Madras marine plague regulations
Disease focus: Plague
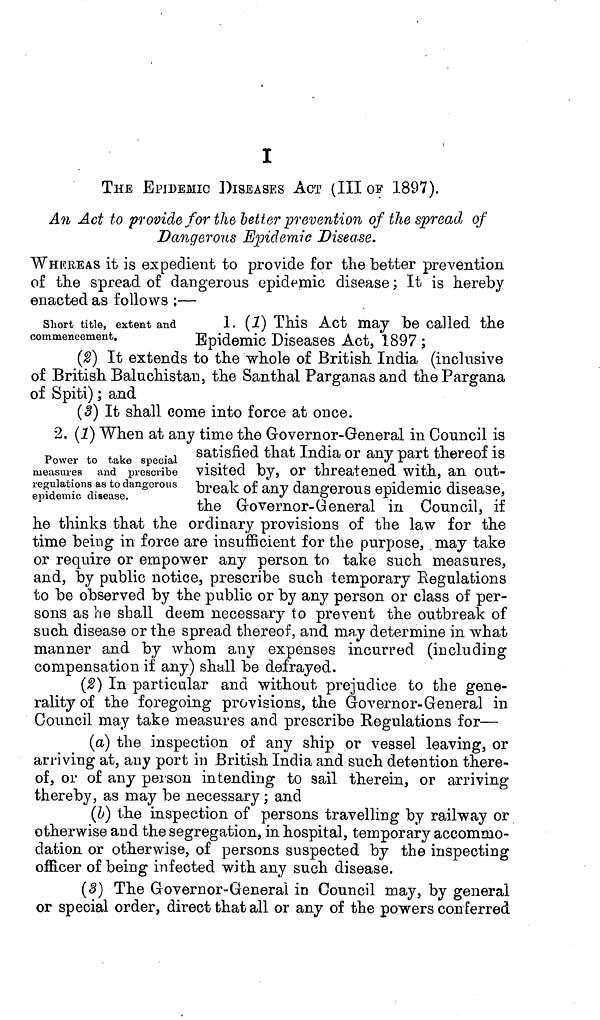
I
THE EPIDEMIC DISEASES ACT (III OF 1897).
An Act to provide for the better prevention of the spread of
Dangerous Epidemic Disease.
WHEREAS it is expedient to provide for the better prevention
of the spread of dangerous epidemic disease; It is hereby
enacted as follows:—
Short title, extent and
1. (1) This Act may be called the
commencement.
Epidemic Diseases Act, 1897;
(2) It extends to the whole of British India (inclusive
of British Baluchistan, the Santhal Parganas and the Pargana
of Spiti); and
(3) It shall come into force at once.
2. (1) When at any time the Governor-General in Council is
satisfied that India or any part thereof is
Power to take special
measures and prescribe Visited by, Or threatened With, an out
regulations as to dangerous break of any dangerous epidemic disease,
epidemic
disease.
the Governor-General in Council, it
he thinks that the ordinary provisions of the law for the
time being in force are insufficient for the purpose, may take
or require or empower any person to take such measures,
and, by public notice, prescribe such temporary Regulations
to be observed by the public or by any person or class of per-
sons as he shall deem necessary to prevent the outbreak of
such disease or the spread thereof, and may determine in what
manner and by whom any expenses incurred (including
compensation if any) shall be defrayed.
(2) In particular and without prejudice to the gene-
rality of the foregoing provisions, the Governor-General in
Council may take measures and prescribe Regulations for—
(a) the inspection of any ship or vessel leaving, or
arriving at, any port in British India and such detention there-
of, or of any person intending to sail therein, or arriving
thereby, as may be necessary; and
(b) the inspection of persons travelling by railway or
otherwise and the segregation, in hospital, temporary accommo-
dation or otherwise, of persons suspected by the inspecting
officer of being infected with any such disease.
(3) The Governor-General in Council may, by general
or special order, direct that all or any of the powers conferred